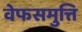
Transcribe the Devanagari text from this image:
वेफसमुत्ति